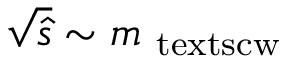
\sqrt { \hat { s } } \sim m _ { \mathrm { { \ t e x t s c { w } } } }